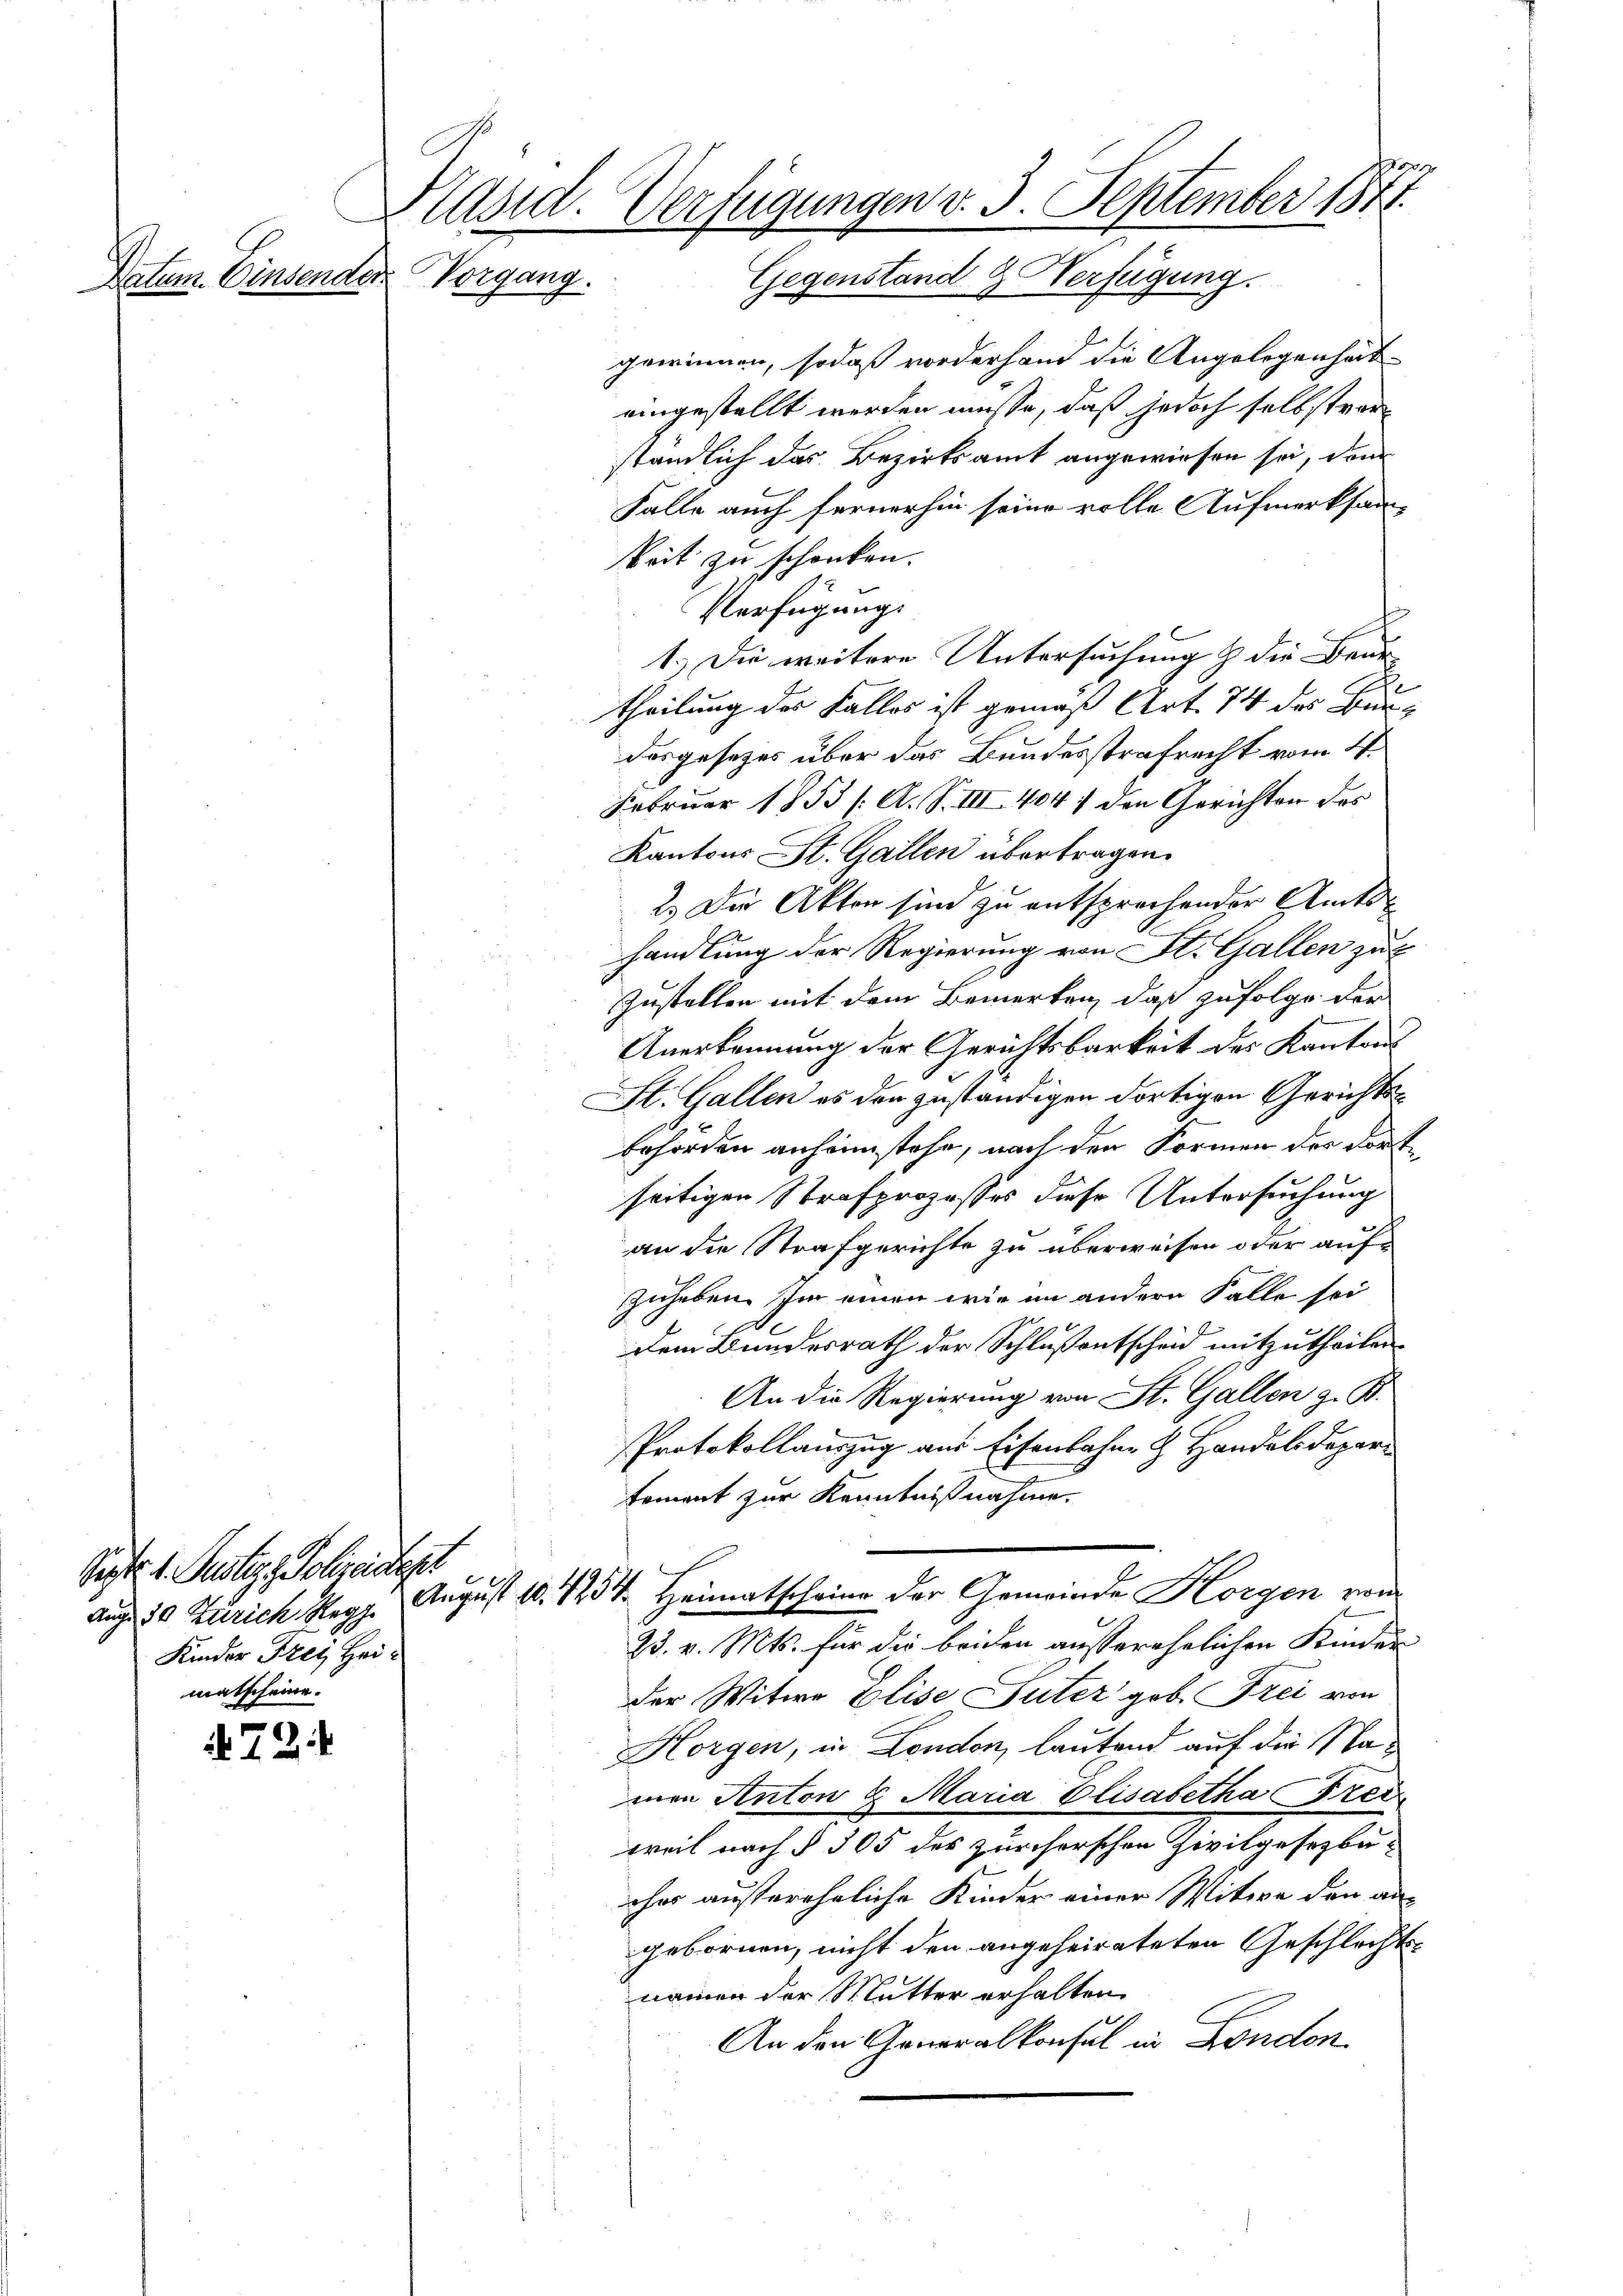
Datum. Einsender Vorgang.

472.

Sept. 1. Justige Polizeidigt
Kinder Frei Heimatscheine.

Präsid. Verfügungen v. 3. September 1877.
Gegenstand & Verfügung.

gewinnen, sodaß vorderhand die Angelegenheiteingestellt werden müsse, daß jedoch selbstverständlich das Bezirksamt angewiesen sei, dem
Falle auch fernerhin seine volle Aufmerksam-
keit zu schenken.
Verfügungs
1.) Die weitere Untersuchung & die Beurtheilung des Falles ist gemäß Art. 74 des Bundosgesezes über das Bundesstrafrecht vom 4.
Februar 1853 /: A. S. III 404 / den Gerichten des
Kantons St. Gallen übertragen.
2.) Die Akten sind zu entsprechender Amtshandlung der Regierung von St. Gallen zu
Zustellen mit dem Bemerken, daß zufolge der
Anerkennung der Gerichtsbarkeit des Kantons
St. Gallen es den zuständigen dortigen Gerichtsbehörden anheimstehe, nach den Formen der dortseitigen Strafprozesses diese Untersuchung
an die Strafgerichte zu überweisen oder aufzuheben. Im einen wie im andern Falle sei
dem Bundesrath der Schlußantscheid mitzutheilen.
An die Regierung von St. Gallen z. B.
Protokollauszug aus Eisenbahne & Handelsdepar
fament zur Kenntnißnahme.
Aug 10 Zürich Reg. August 10. 4234. Heimatscheine der Gemeinde Horgen von
23. v. Mts. für die beiden ausserehelichen Kinder
der Witwe Elise Suter geb. Frei von
Horgen, in London, lautend auf die Namen Anton & Maria Elisabetha Frei
weil nach § 305 des zürcherschen Zivilgesezbu-
ohes außereheliche Kinder einer Witwe den an
gebornen, nicht den angeheirateten Geschlecht
nammen der Mutter erhalten
An den Generalkonsul in London